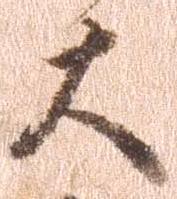
大